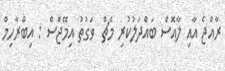
ރާއްޖެ އާއި ލާއޮސް ބައްދަލުކުރި މެޗް  ވަގުތު އިމޭޖްސް : އިބްރާހިމް